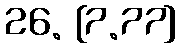
26. [7.77]